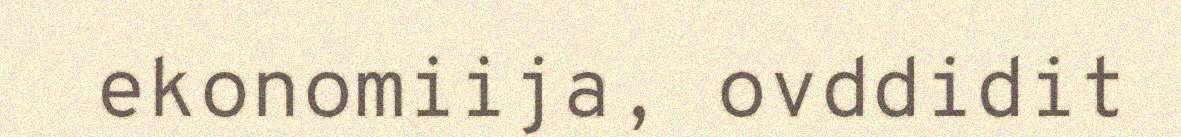
ekonomiija, ovddidit